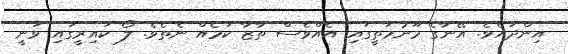
އިންދައެވެ. އޭނާގެ މޫނުމަތީގައި އެއްވެސް ތާޒާ ކަމެއް ނެތެވެ. ލޯ ކައިރީގައި ވަނީ